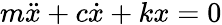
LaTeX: m{\ddot{x}}+c{\dot{x}}+kx=0